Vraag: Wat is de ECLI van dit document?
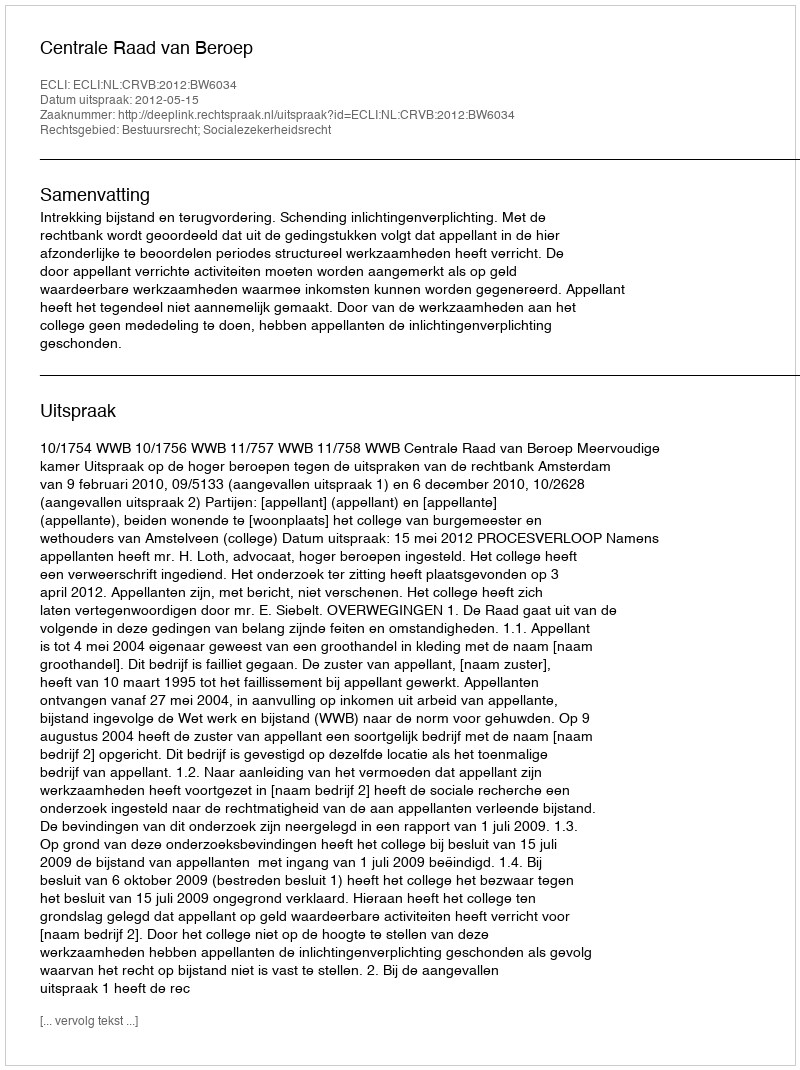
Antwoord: ECLI:NL:CRVB:2012:BW6034